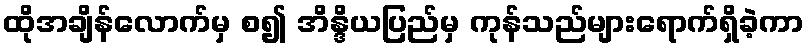
ထိုအချိန်လောက်မှ စ၍ အိန္ဒိယပြည်မှ ကုန်သည်များရောက်ရှိခဲ့ကာ